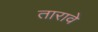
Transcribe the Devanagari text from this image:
तारावे